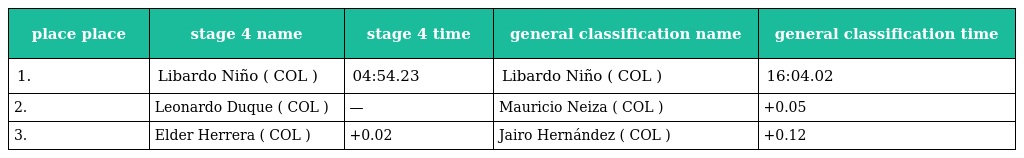
| place place | stage 4 name | stage 4 time | general classification name | general classification time |
 | --- | --- | --- | --- | --- |
 | 1. | Libardo Niño ( COL ) | 04:54.23 | Libardo Niño ( COL ) | 16:04.02 |
 | 2. | Leonardo Duque ( COL ) | — | Mauricio Neiza ( COL ) | +0.05 |
 | 3. | Elder Herrera ( COL ) | +0.02 | Jairo Hernández ( COL ) | +0.12 |